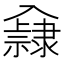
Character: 𨾁